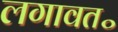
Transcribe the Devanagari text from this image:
लगावत॰